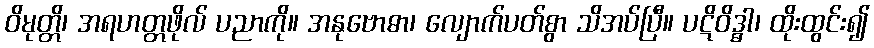
ဝိမုတ္တိ၊ အရဟတ္တဖိုလ် ပညာကို။ အနုဗောဓာ၊ လျောက်ပတ်စွာ သိအပ်ပြီ။ ပဋိဝိဒ္ဓါ၊ ထိုးထွင်း၍